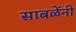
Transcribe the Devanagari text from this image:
साबळेंनी